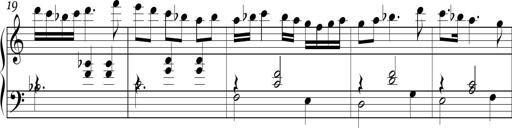
Title: Ten Piano Sonatinas
Composer: Andreas Sain